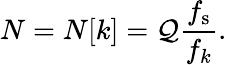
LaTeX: N=N[k]=\mathcal{Q}{\frac{{f_{\mathrm{{s}}}}}{{f_{k}}}}.